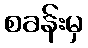
စခန်းမှ